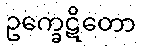
ဥက္ခေဋိတော